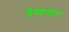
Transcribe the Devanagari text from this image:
डेस्कस्टार